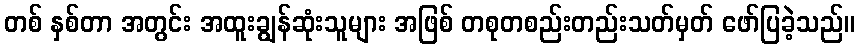
တစ် နှစ်တာ အတွင်း အထူးချွန်ဆုံးသူများ အဖြစ် တစုတစည်းတည်းသတ်မှတ် ဖော်ပြခဲ့သည်။